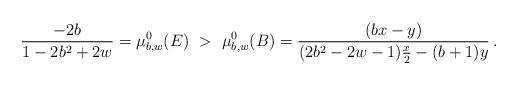
LaTeX: \begin{align*} \frac{-2b}{1-2b^2+2w} = \mu^{0}_{b,w}(E)\ >\ \mu^{0}_{b,w}(B) = \frac{(b x-y)}{(2b^2-2w-1)\frac{x}{2}-(b+1)y}\,.\end{align*}